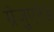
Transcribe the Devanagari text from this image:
ग्रेजुएटेड